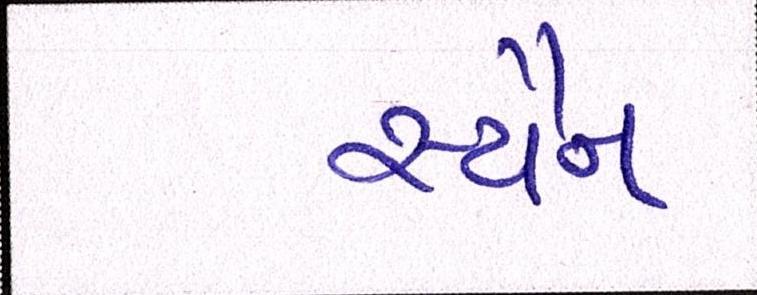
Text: સ્ચૈન